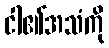
ငါ၏အသံကို